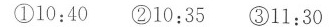
①10:40 ②10:35 ③11:30